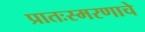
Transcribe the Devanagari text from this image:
प्रातःस्मरणाचे